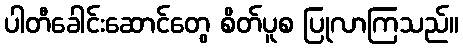
ပါတီခေါင်းဆောင်တွေ စိတ်ပူစ ပြုလာကြသည်။